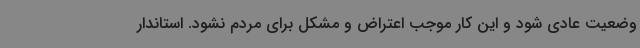
وضعیت عادی شود و این کار موجب اعتراض و مشکل برای مردم نشود. استاندار